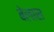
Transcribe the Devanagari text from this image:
बेलास